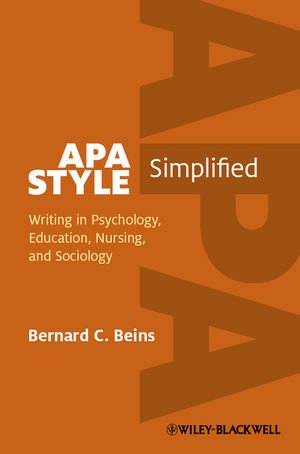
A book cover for APA Style Simplified: Writing in Psychology, Education, Nursing, and Sociology; Bernard C. Beins; Medical Books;